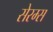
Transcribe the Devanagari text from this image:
सेरम्स